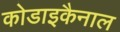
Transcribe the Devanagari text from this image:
कोडाइकैनाल